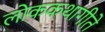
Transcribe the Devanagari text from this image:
लोककथागीते